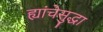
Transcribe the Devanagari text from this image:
ह्यांचेसुद्धा